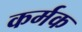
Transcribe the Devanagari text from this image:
कर्मक